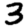
Digit: 3